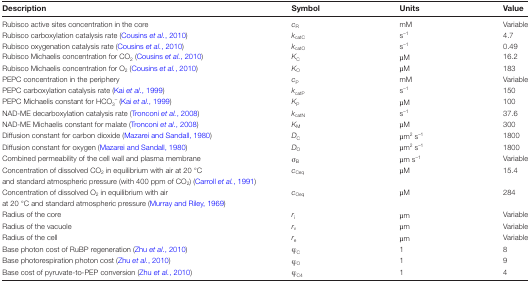
| Description | Symbol | Units | Value |
 | --- | --- | --- | --- |
 | Rubisco active sites concentration in the core | cR | mM | Variable |
 | Rubisco carboxylation catalysis rate (Cousins et al., 2010) | kcatC | s–1 | 4.7 |
 | Rubisco oxygenation catalysis rate (Cousins et al., 2010) | kcatO | s–1 | 0.49 |
 | Rubisco Michaelis concentration for CO2 (Cousins et al., 2010) | KC | μM | 16.2 |
 | Rubisco Michaelis concentration for O2 (Cousins et al., 2010) | KO | μM | 183 |
 | PEPC concentration in the periphery | cP | mM | Variable |
 | PEPC carboxylation catalysis rate (Kai et al., 1999) | kcatP | s–1 | 150 |
 | PEPC Michaelis constant for HCO3– (Kai et al., 1999) | KP | μM | 100 |
 | NAD-ME decarboxylation catalysis rate (Tronconi et al., 2008) | kcatN | s–1 | 37.6 |
 | NAD-ME Michaelis constant for malate (Tronconi et al., 2008) | KM | μM | 300 |
 | Diffusion constant for carbon dioxide (Mazarei and Sandall, 1980) | DC | μm2 s–1 | 1800 |
 | Diffusion constant for oxygen (Mazarei and Sandall, 1980) | DO | μm2 s–1 | 1800 |
 | Combined permeability of the cell wall and plasma membrane | σB | μm s–1 | Variable |
 | Concentration of dissolved CO2 in equilibrium with air at 20 °C | cCeq | μM | 15.4 |
 | <COLSPAN=4> and standard atmospheric pressure (with 400 ppm of CO2) (Carroll et al., 1991) |
 | Concentration of dissolved O2 in equilibrium with air | cOeq | μM | 284 |
 | <COLSPAN=4> at 20 °C and standard atmospheric pressure (Murray and Riley, 1969) |
 | Radius of the core | ri | μm | Variable |
 | Radius of the vacuole | rv | μm | Variable |
 | Radius of the cell | re | μm | Variable |
 | Base photon cost of RuBP regeneration (Zhu et al., 2010) | φC | 1 | 8 |
 | Base photorespiration photon cost (Zhu et al., 2010) | φO | 1 | 9 |
 | Base cost of pyruvate-to-PEP conversion (Zhu et al., 2010) | φC4 | 1 | 4 |